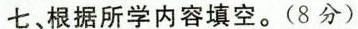
七、根据所学内容填空。(8分)